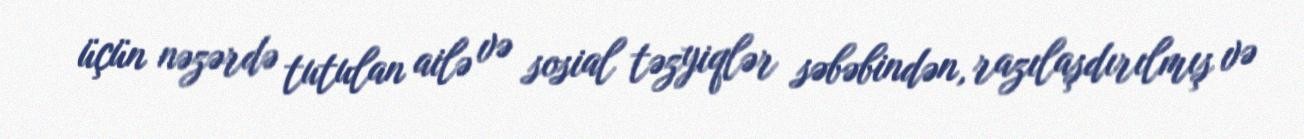
üçün nəzərdə tutulan ailə və sosial təzyiqlər səbəbindən, razılaşdırılmış və